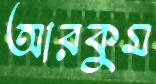
আরকুম